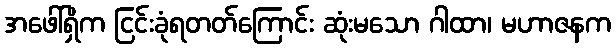
အဖေါ်ရှိက ငြင်းခုံရတတ်ကြောင်း ဆုံးမသော ဂါထာ၊ မဟာဇနက